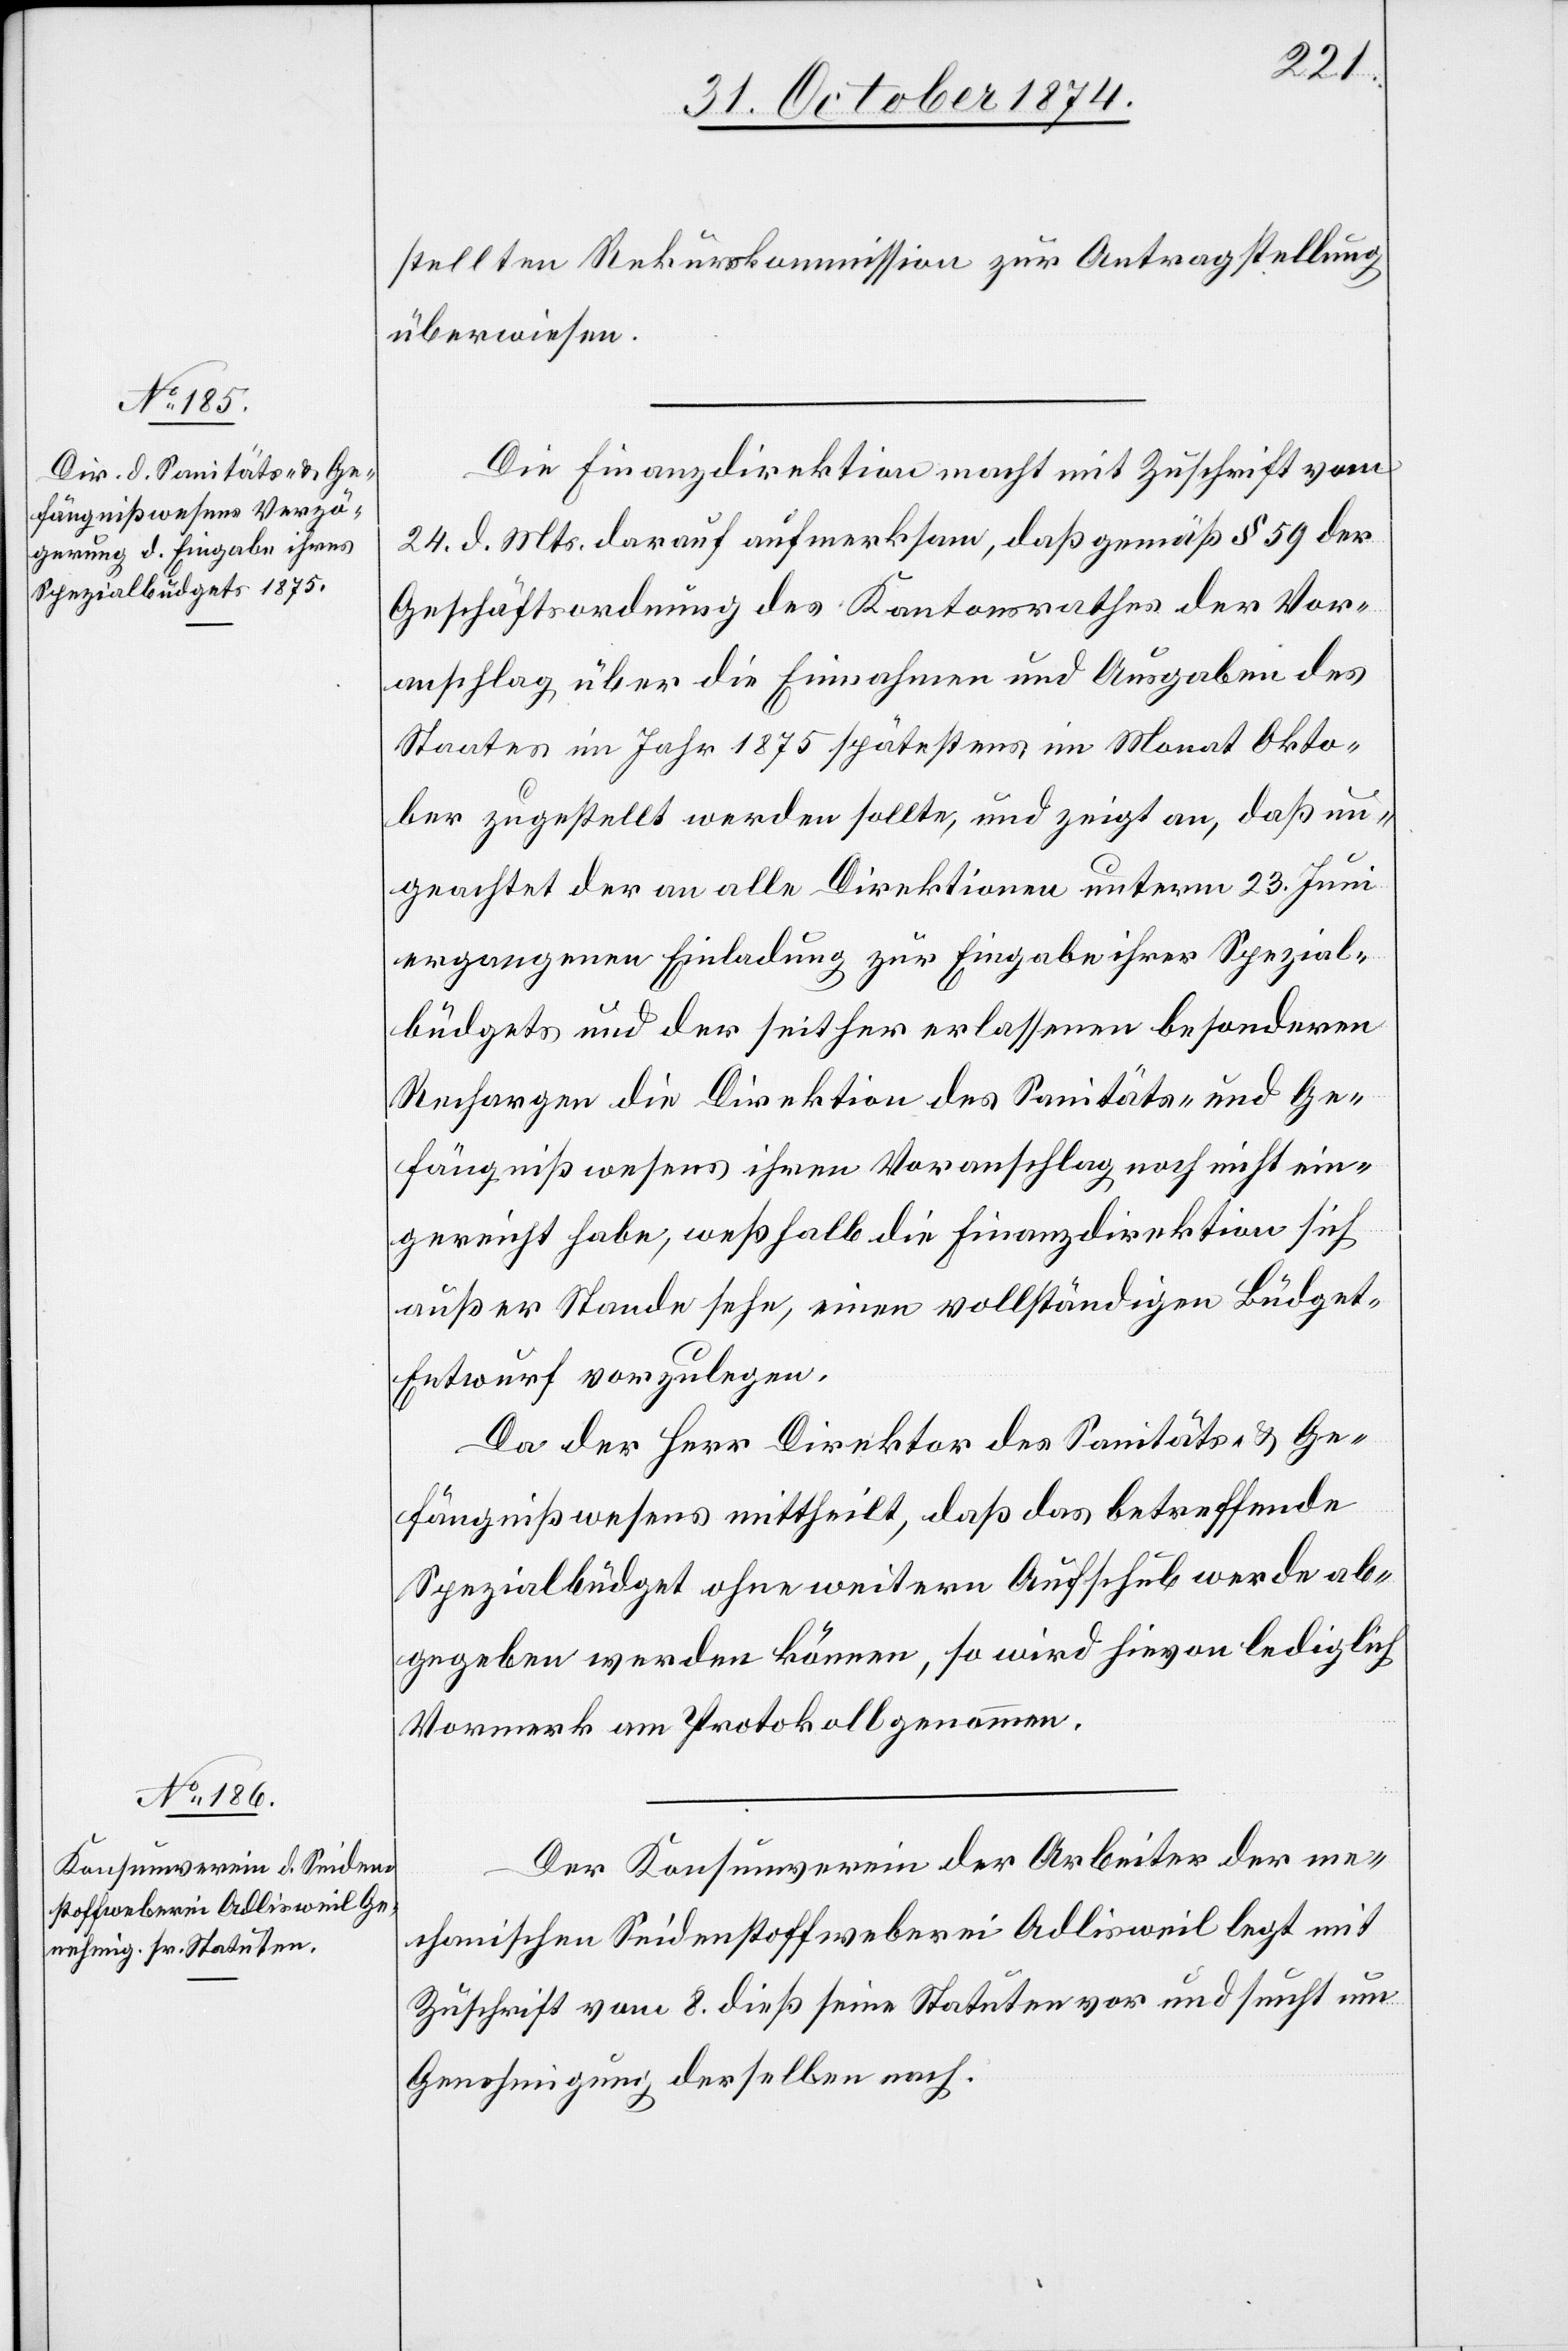
stellten Rekurskommission zur Antragstellung
überwiesen.
Die Finanzdirektion macht mit Zuschrift vom
24. d. Mts. darauf aufmerksam, daß gemäß § 59 der
Geschäftsordnung des Kantonsrathes der Vor¬
anschlag über die Einnahmen und Ausgaben des
Staates im Jahr 1875 spätestens im Monat Okto¬
ber zugestellt werden sollte, und zeigt an, daß un¬
geachtet der an alle Direktionen unterm 23. Juni
ergangenen Einladung zur Eingabe ihre Spezial¬
büdgets und der seither erlassenen besondern
Rechargen die Direktion des Sanitäts- und Ge¬
fängnißwesens ihren Voranschlag noch nicht ein¬
gereicht habe, weßhalb die Finanzdirektion sich
außer Stande sehe, einen vollständigen Büdge¬
t-Entwurf vorzulegen.
Da der Herr Direktor des Sanitäts- & Ge¬
fängnißwesens mittheilt, daß das betreffende
Spezialbüdget ohne weitern Aufschub werde ab¬
gegeben werden können, so wird hievon lediglich
Vormerk am Protokoll genommen.
Der Konsumverein der Arbeiter der me¬
chanischen Seidenstoffweberei Adlisweil legt mit
Zuschrift vom 8. dieß seine Statuten und sucht um
Genehmigung derselben nach.